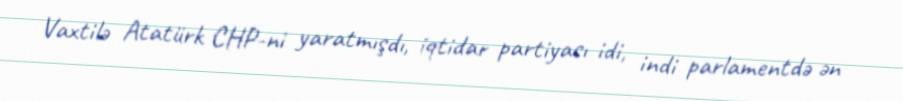
Vaxtilə Atatürk CHP-ni yaratmışdı, iqtidar partiyası idi, indi parlamentdə ən